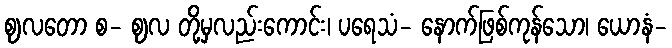
ဈလတော စ- ဈလ တို့မှလည်းကောင်း၊ ပရေသံ- နောက်ဖြစ်ကုန်သော၊ ယောနံ-